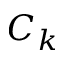
C _ { k }